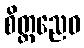
စိတ္တညေဝ